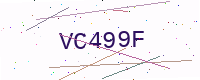
Text: VC499F